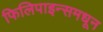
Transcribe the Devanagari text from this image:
फिलिपाइन्समधून